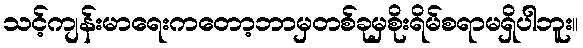
သင့်ကျန်းမာရေးကတော့ဘာမှတစ်ခုမှစိုးရိမ်စရာမရှိပါဘူး။